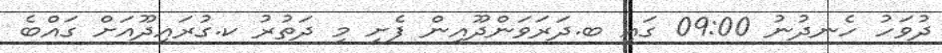
ދުވަހު ހެނދުނު 09:00 ގައި ބ.ދަރަވަންދޫއިން ފެށި މި ދަތުރު ކ.ގުރައިދޫއަށް ގައްބެ